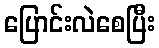
ပြောင်းလဲစေပြီး